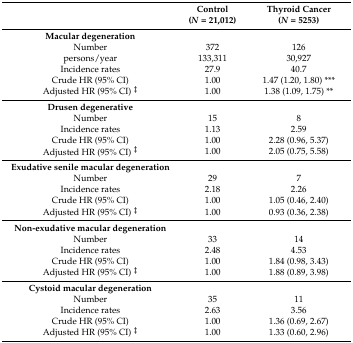
|  | Control(N = 21,012) | Thyroid Cancer(N = 5253) |
 | --- | --- | --- |
 | Macular degeneration |  |  |
 | Number | 372 | 126 |
 | persons/year | 133,311 | 30,927 |
 | Incidence rates | 27.9 | 40.7 |
 | Crude HR (95% CI) | 1.00 | 1.47 (1.20, 1.80) *** |
 | Adjusted HR (95% CI) ‡ | 1.00 | 1.38 (1.09, 1.75) ** |
 | Drusen degenerative |  |  |
 | Number | 15 | 8 |
 | Incidence rates | 1.13 | 2.59 |
 | Crude HR (95% CI) | 1.00 | 2.28 (0.96, 5.37) |
 | Adjusted HR (95% CI) ‡ | 1.00 | 2.05 (0.75, 5.58) |
 | Exudative senile macular degeneration |  |  |
 | Number | 29 | 7 |
 | Incidence rates | 2.18 | 2.26 |
 | Crude HR (95% CI) | 1.00 | 1.05 (0.46, 2.40) |
 | Adjusted HR (95% CI) ‡ | 1.00 | 0.93 (0.36, 2.38) |
 | Non-exudative macular degeneration |  |  |
 | Number | 33 | 14 |
 | Incidence rates | 2.48 | 4.53 |
 | Crude HR (95% CI) | 1.00 | 1.84 (0.98, 3.43) |
 | Adjusted HR (95% CI) ‡ | 1.00 | 1.88 (0.89, 3.98) |
 | Cystoid macular degeneration |  |  |
 | Number | 35 | 11 |
 | Incidence rates | 2.63 | 3.56 |
 | Crude HR (95% CI) | 1.00 | 1.36 (0.69, 2.67) |
 | Adjusted HR (95% CI) ‡ | 1.00 | 1.33 (0.60, 2.96) |